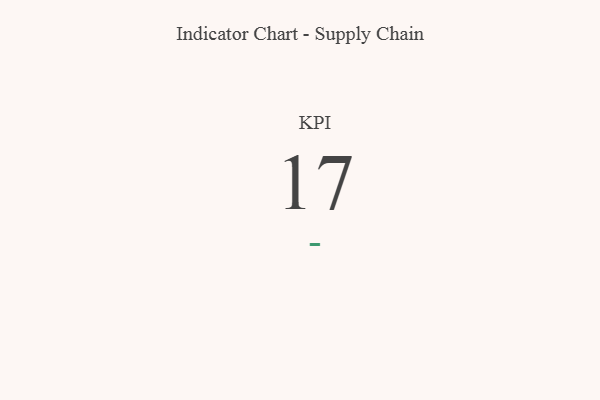
{"axis": {"x": "KPI", "y": "Value"}, "legend": [""], "data": [{"x": "KPI", "y": 17, "type": ""}]}